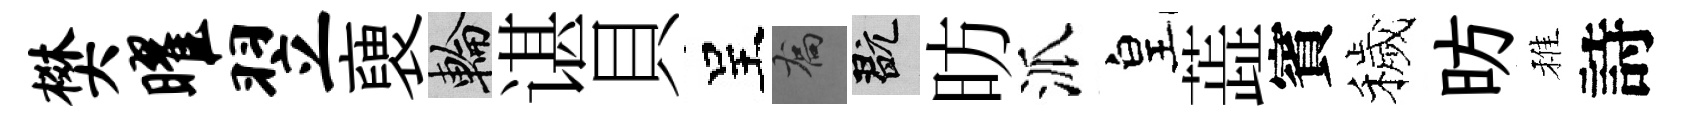
樊曜翌褏輪谌貝呈喬玩昉派皇蕋賓穢昉稚詩